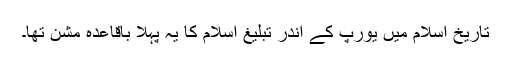
تاریخ اسلام میں یورپ کے اندر تبلیغ اسلام کا یہ پہلا باقاعدہ مشن تھا۔